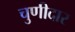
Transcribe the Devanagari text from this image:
चुणीदार